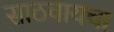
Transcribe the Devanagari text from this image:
साठवायचा